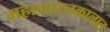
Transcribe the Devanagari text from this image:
महाभारतकालात